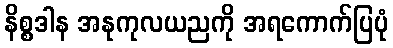
နိစ္စဒါန အနုကုလယညကို အရကောက်ပြပုံ